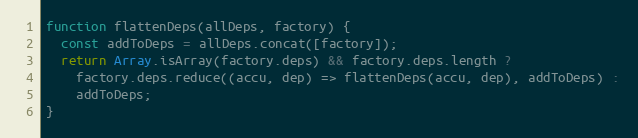
Language: JavaScript
function flattenDeps(allDeps, factory) {
  const addToDeps = allDeps.concat([factory]);
  return Array.isArray(factory.deps) && factory.deps.length ?
    factory.deps.reduce((accu, dep) => flattenDeps(accu, dep), addToDeps) :
    addToDeps;
}